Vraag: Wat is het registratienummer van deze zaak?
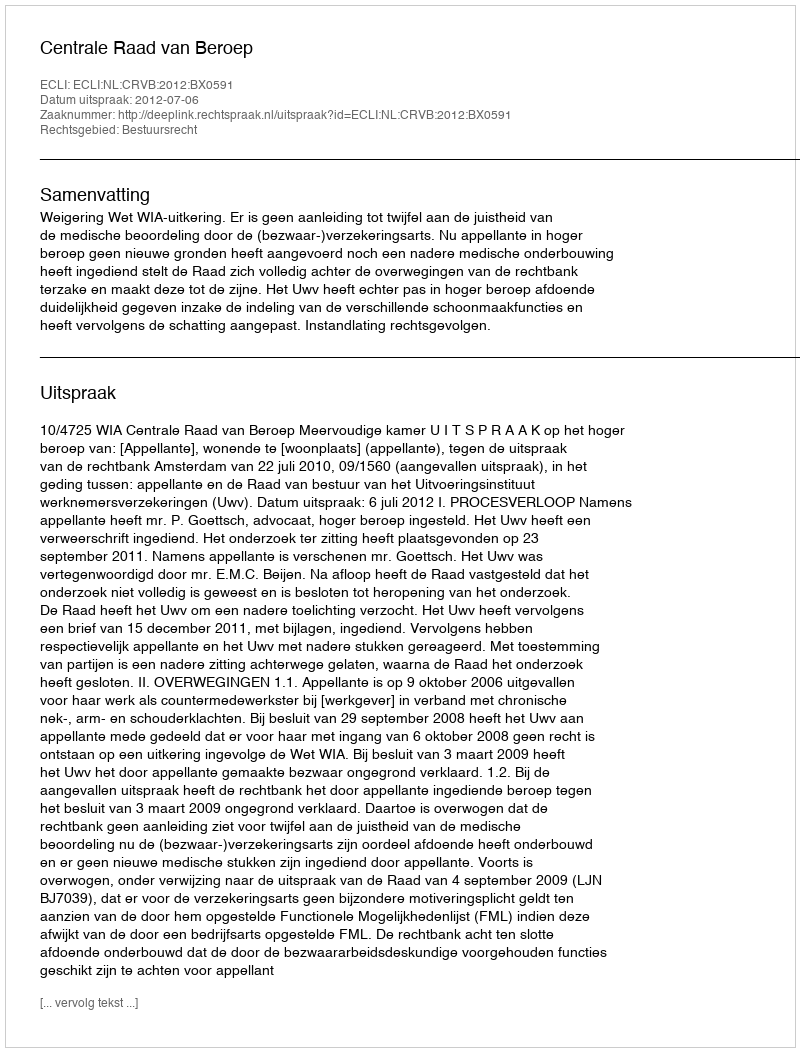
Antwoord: http://deeplink.rechtspraak.nl/uitspraak?id=ECLI:NL:CRVB:2012:BX0591